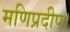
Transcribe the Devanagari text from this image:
मणिप्रदीप।